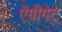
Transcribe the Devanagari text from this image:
ऍग्रीगेट